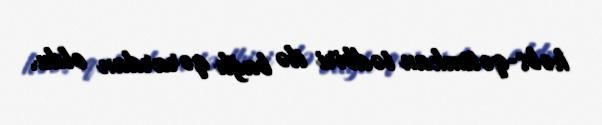
həbs-qətimkan tədbiri ilə bağlı qərardan oldu.